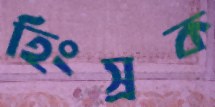
হিংস্রক